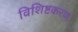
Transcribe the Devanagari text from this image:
विशिष्टकरण